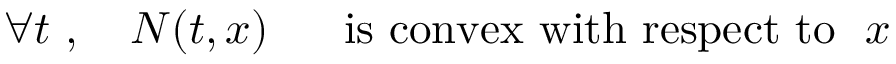
\forall t \ , \ \ \ N ( t , x ) \ \ \ \ \ \mathrm { i s \ c o n v e x \ w i t h \ r e s p e c t \ t o } \ \ x